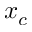
x _ { c }